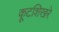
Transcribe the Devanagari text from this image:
कूटशिखरे